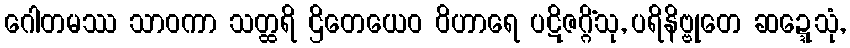
ဂေါတမဿ သာဝကာ သတ္ထရိ ဌိတေယေဝ ဝိဟာရေ ပဋိဇဂ္ဂိံသု, ပရိနိဗ္ဗုတေ ဆဍ္ဍေသုံ,